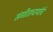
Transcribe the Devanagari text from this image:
संगीताचार्यांचे